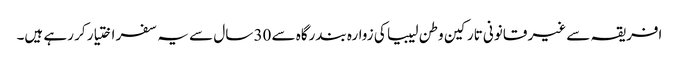
افریقہ سے غیر قانونی تارکین وطن لیبیا کی زوارہ بندرگاہ سے 30 سال سے یہ سفر اختیار کر رہے ہیں۔